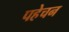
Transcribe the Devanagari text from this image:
पहेचन